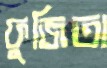
ফুজিতা